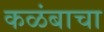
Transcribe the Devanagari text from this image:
कळंबाचा